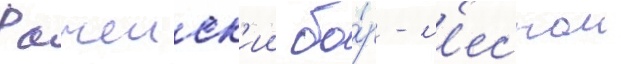
Рачеиск'ии бо́р - л'еснои